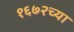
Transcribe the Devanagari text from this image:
१६७२च्या